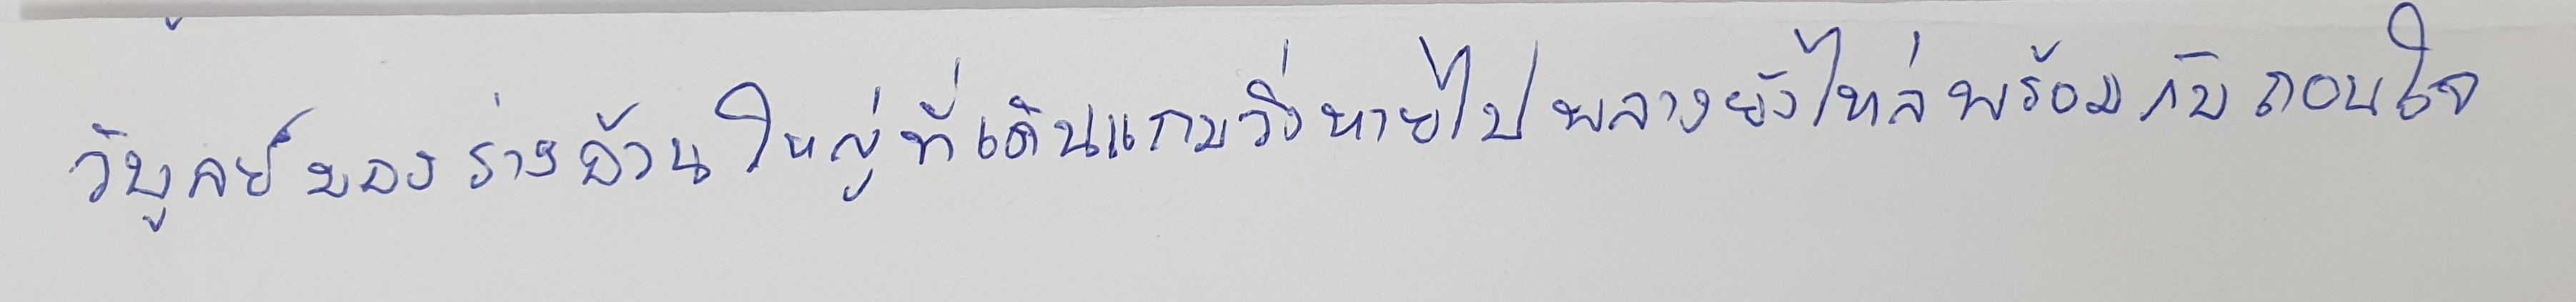
วิบูลย์มองร่างอ้วนใหญ่ที่เดินแกมวิ่งหายไปพลางยังไหล่พร้อมกับถอนใจ